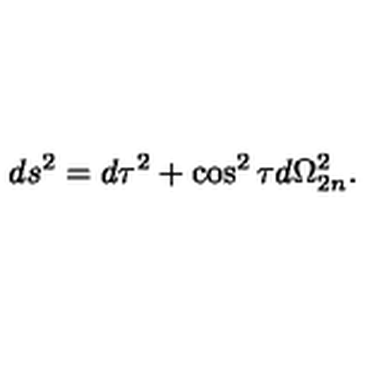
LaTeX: d s ^ { 2 } = d \tau ^ { 2 } + \cos ^ { 2 } \tau d \Omega _ { 2 n } ^ { 2 } .